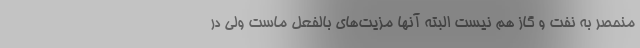
منحصر به نفت و گاز هم نیست البته آنها مزیت‌های بالفعل ماست ولی در